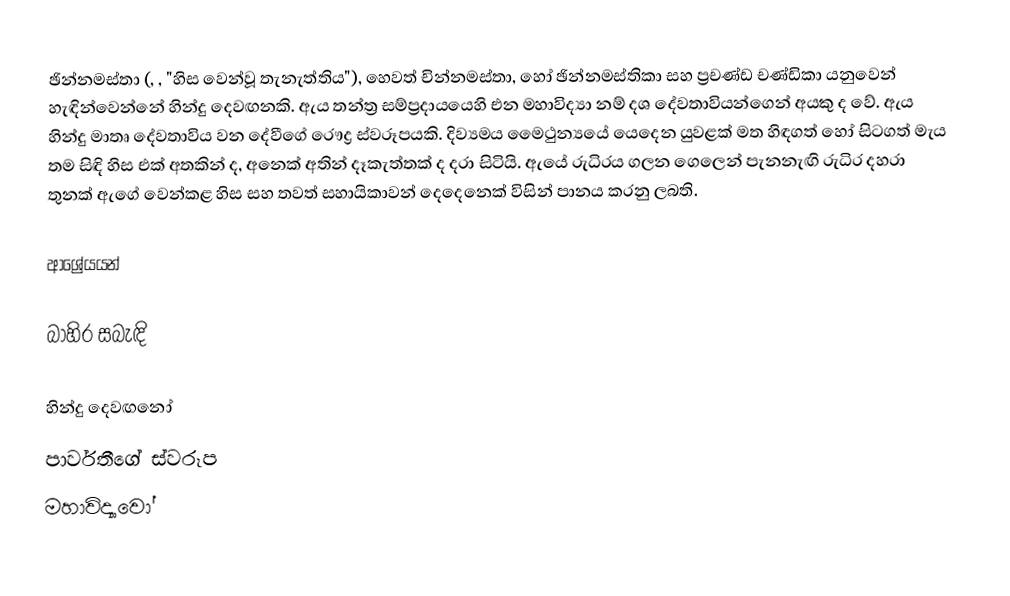
ඡින්නමස්තා (, , "හිස වෙන්වූ තැනැත්තිය"), හෙවත් චින්නමස්තා, හෝ ඡින්නමස්තිකා සහ ප්‍රචණ්ඩ චණ්ඩිකා යනුවෙන් හැඳින්වෙන්නේ හින්දු දෙවඟනකි. ඇය තන්ත්‍ර සම්ප්‍රදායයෙහි එන මහාවිද්‍යා නම් දශ දේවතාවියන්ගෙන් අයකු ද වේ.  ඇය හින්දු මාතෘ දේවතාවිය වන දේවීගේ රෞද්‍ර ස්වරූපයකි. දිව්‍යමය මෛථුන්‍යයේ යෙදෙන යුවළක් මත හිඳගත් හෝ සිටගත් මැය තම සිඳි හිස එක් අතකින් ද, අනෙක් අතින් දෑකැත්තක් ද දරා සිටියි. ඇයේ රුධිරය ගලන ගෙලෙන් පැනනැඟි රුධිර දහරා තුනක් ඇගේ වෙන්කළ හිස සහ තවත් සහායිකාවන් දෙදෙනෙක් විසින් පානය කරනු ලබති.

ආශ්‍රේයයන්

බාහිර සබැඳි

හින්දු දෙවඟනෝ
පාර්වතීගේ ස්වරූප
මහාවිද්‍යාවෝ